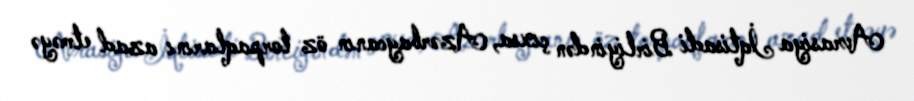
Avrasiya İqtisadi Birliyindən çıxsa, Azərbaycanın öz torpaqlarını azad etməyə